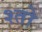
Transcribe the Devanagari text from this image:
श्तो